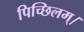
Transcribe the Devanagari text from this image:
पिच्छिलम्।